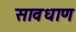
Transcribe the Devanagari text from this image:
सावधाण